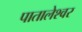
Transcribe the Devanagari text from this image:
पातालेश्‍वर